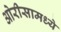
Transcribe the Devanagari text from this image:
ओरीसामध्ये